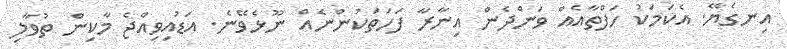
އިނގެޔޭ. އެކަމަކު ހަފްތާއެއް ވަންދެން އިނާރާ ފަހަތަކުންނެއް ނޫޅެވޭނެ. އަޑުއިވިއްޖެ މާކިން ތުވާލި